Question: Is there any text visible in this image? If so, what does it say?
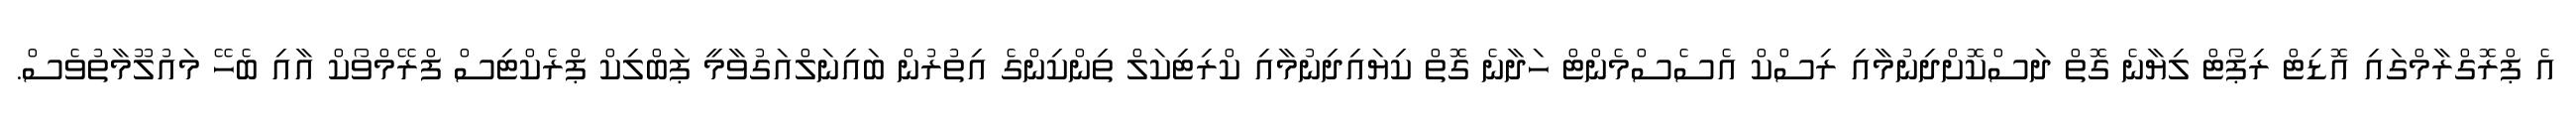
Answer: އެ ޕްރޮގްރާމްގައި އޮޑިޓް ރިޕޯޓް ލިޔާނެ ގޮތް ދަސްކޮށްދިނުމާއި ރިސްކް އެސެސްމެންޓް ހަދާނެ ގޮތް ކިޔައިދިނުމާއި ކްރިޓިކަލް ތިންކިންގެ އިތުރުން ބައިނަލްއަގުވާމީ ޕަބްލިކް ޕްރެކްޓިސް ފްރޭމްވޯކް އާއި ބެހޭ މައުލޫމާތުވެސް.